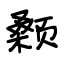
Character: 颡